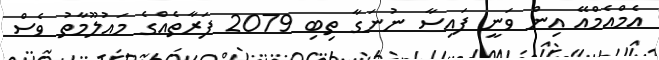
އެމްއެމްއޭ އިން ވަނީ ފައިސާ ނުނަގާ ތިބި 2079 ފަރާތެއްގެ މައުލޫމާތު ވެސް